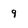
Character: 9